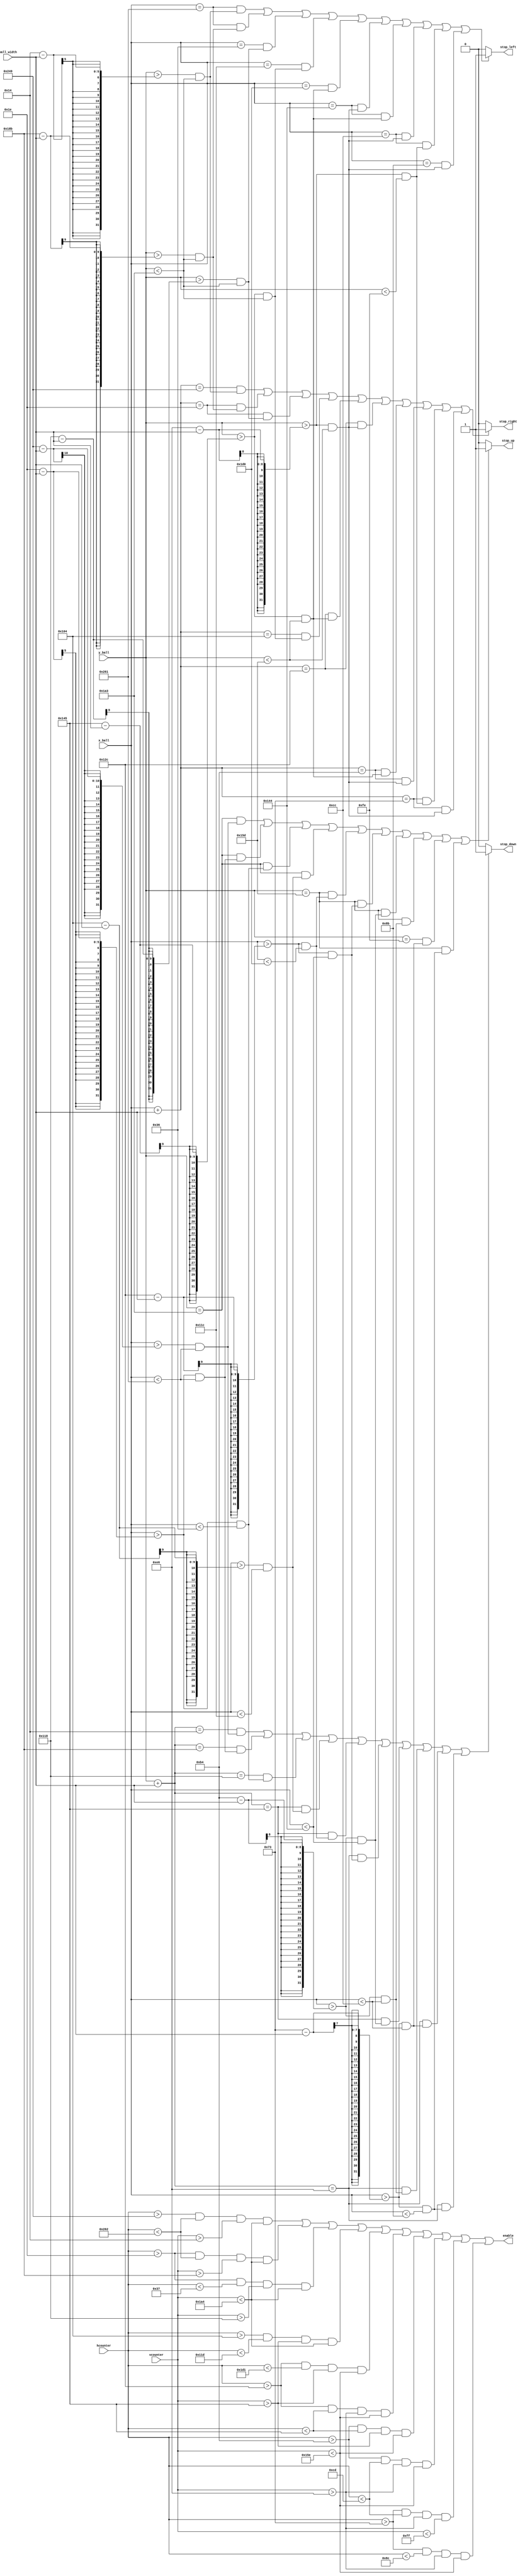
`timescale 1ns / 1ps
//////////////////////////////////////////////////////////////////////////////////
// Company: 
// Engineer: 
// 
// Design Name: 
// Module Name:    portion_2 
// Project Name: 
// Target Devices: 
// Tool versions: 
// Description: 
//
// Dependencies: 
//
// Revision: 
// Revision 0.01 - File Created
// Additional Comments: 
//
//////////////////////////////////////////////////////////////////////////////////
module portion_2(hcounter, vcounter, enable, x_ball, y_ball, ball_width, stop_right, stop_left, stop_up, stop_down
   );

 
    input [10:0] hcounter, vcounter;
	 output enable;
    input  [10:0] x_ball, y_ball;
    input   [4:0] ball_width;
    output reg    stop_right, stop_left, stop_up, stop_down;
	 
	 wire n1, n2, n3, n4, n5, n6, n7 , n8 , n9 , n10;
	 
	 assign n1  = (hcounter >585 && hcounter <610  && vcounter >20   && vcounter<420);
	 assign n2  = (hcounter >30  && hcounter <610  && vcounter >395  && vcounter<420);
	 assign n3  = (hcounter >30  && hcounter <55   && vcounter >280  && vcounter<420);
	 assign n4  = (hcounter >260 && hcounter <285  && vcounter >325  && vcounter<420);
	 assign n5  = (hcounter >300 && hcounter <465  && vcounter >325  && vcounter<350);
	 assign n6  = (hcounter >300 && hcounter <325  && vcounter >230  && vcounter<350);
	 assign n7  = (hcounter >180 && hcounter <325  && vcounter >325  && vcounter<350);
	 assign n8  = (hcounter >180 && hcounter <205  && vcounter >230  && vcounter<350);
	 assign n9  = (hcounter >115 && hcounter <205  && vcounter >230  && vcounter<255);
	 assign n10 = (hcounter >115 && hcounter <140  && vcounter >230  && vcounter<350);
	 assign enable = n1||n2||n3||n4||n5||n6||n7||n8||n9||n10;

     // Collision detection
     reg collision;
     always @(x_ball, y_ball, ball_width)
     begin
        stop_right = 0;
        stop_left  = 0;
        stop_up    = 0;
        stop_down  = 0;
        
        if (((x_ball+ball_width == 585) && (y_ball >20-ball_width  && y_ball<420-1)) || //n1
            ((x_ball+ball_width == 30)  && (y_ball >395-ball_width && y_ball<420-1)) || //n2
            ((x_ball+ball_width == 30)  && (y_ball >280-ball_width && y_ball<420-1)) || //n3
            ((x_ball+ball_width == 260) && (y_ball >325-ball_width && y_ball<420-1)) || //n4
            ((x_ball+ball_width == 300) && (y_ball >325-ball_width && y_ball<350-1)) || //n5
            ((x_ball+ball_width == 300) && (y_ball >230-ball_width && y_ball<350-1)) || //n6
            ((x_ball+ball_width == 180) && (y_ball >325-ball_width && y_ball<350-1)) || //n7
            ((x_ball+ball_width == 180) && (y_ball >230-ball_width && y_ball<350-1)) || //n8
            ((x_ball+ball_width == 115) && (y_ball >230-ball_width && y_ball<255-1)) || //n9
            ((x_ball+ball_width == 115) && (y_ball >230-ball_width && y_ball<350-1))) begin //n10
           stop_right = 1;
        end
        if (((x_ball == 610-1) && (y_ball >20-ball_width  && y_ball<420-1)) || //n1
            ((x_ball == 610-1) && (y_ball >395-ball_width && y_ball<420-1)) || //n2
            ((x_ball == 55-1)  && (y_ball >280-ball_width && y_ball<420-1)) || //n3
            ((x_ball == 285-1) && (y_ball >325-ball_width && y_ball<420-1)) || //n4
            ((x_ball == 465-1) && (y_ball >325-ball_width && y_ball<350-1)) || //n5
            ((x_ball == 325-1) && (y_ball >230-ball_width && y_ball<350-1)) || //n6
            ((x_ball == 325-1) && (y_ball >325-ball_width && y_ball<350-1)) || //n7
            ((x_ball == 205-1) && (y_ball >230-ball_width && y_ball<350-1)) || //n8
            ((x_ball == 205-1) && (y_ball >230-ball_width && y_ball<255-1)) || //n9
            ((x_ball == 140-1) && (y_ball >230-ball_width && y_ball<350-1))) begin //n10
           stop_left  = 1;
        end
        if (((y_ball+ball_width == 20)  && (x_ball >585-ball_width  && x_ball<610-1)) || //n1
            ((y_ball+ball_width == 395) && (x_ball >30-ball_width   && x_ball<610-1)) || //n2
            ((y_ball+ball_width == 280) && (x_ball >30-ball_width   && x_ball<55-1))  || //n3
            ((y_ball+ball_width == 325) && (x_ball >260-ball_width  && x_ball<285-1)) || //n4
            ((y_ball+ball_width == 325) && (x_ball >300-ball_width  && x_ball<465-1)) || //n5
            ((y_ball+ball_width == 230) && (x_ball >300-ball_width  && x_ball<325-1)) || //n6
            ((y_ball+ball_width == 325) && (x_ball >180-ball_width  && x_ball<325-1)) || //n7
            ((y_ball+ball_width == 230) && (x_ball >180-ball_width  && x_ball<205-1)) || //n8
            ((y_ball+ball_width == 230) && (x_ball >115-ball_width  && x_ball<205-1)) || //n9
            ((y_ball+ball_width == 230) && (x_ball >115-ball_width  && x_ball<140-1))) begin //n10
           stop_down = 1;
        end
        if (((y_ball == 420-1) && (x_ball >585-ball_width  && x_ball<610-1)) || //n1
            ((y_ball == 420-1) && (x_ball >30-ball_width   && x_ball<610-1)) || //n2
            ((y_ball == 420-1) && (x_ball >30-ball_width   && x_ball<55-1))  || //n3
            ((y_ball == 420-1) && (x_ball >260-ball_width  && x_ball<285-1)) || //n4
            ((y_ball == 350-1) && (x_ball >300-ball_width  && x_ball<465-1)) || //n5
            ((y_ball == 350-1) && (x_ball >300-ball_width  && x_ball<325-1)) || //n6
            ((y_ball == 350-1) && (x_ball >180-ball_width  && x_ball<325-1)) || //n7
            ((y_ball == 350-1) && (x_ball >180-ball_width  && x_ball<205-1)) || //n8
            ((y_ball == 255-1) && (x_ball >115-ball_width  && x_ball<205-1)) || //n9
            ((y_ball == 350-1) && (x_ball >115-ball_width  && x_ball<140-1))) begin //n10
           stop_up   = 1;
        end
     end

endmodule